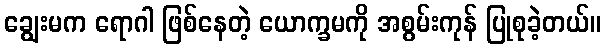
ချွေးမက ရောဂါ ဖြစ်နေတဲ့ ယောက္ခမကို အစွမ်းကုန် ပြုစုခဲ့တယ်။